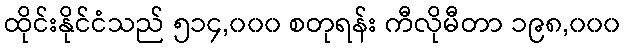
ထိုင်းနိုင်ငံသည် ၅၁၄,၀၀၀ စတုရန်း ကီလိုမီတာ ၁၉၈,၀၀၀